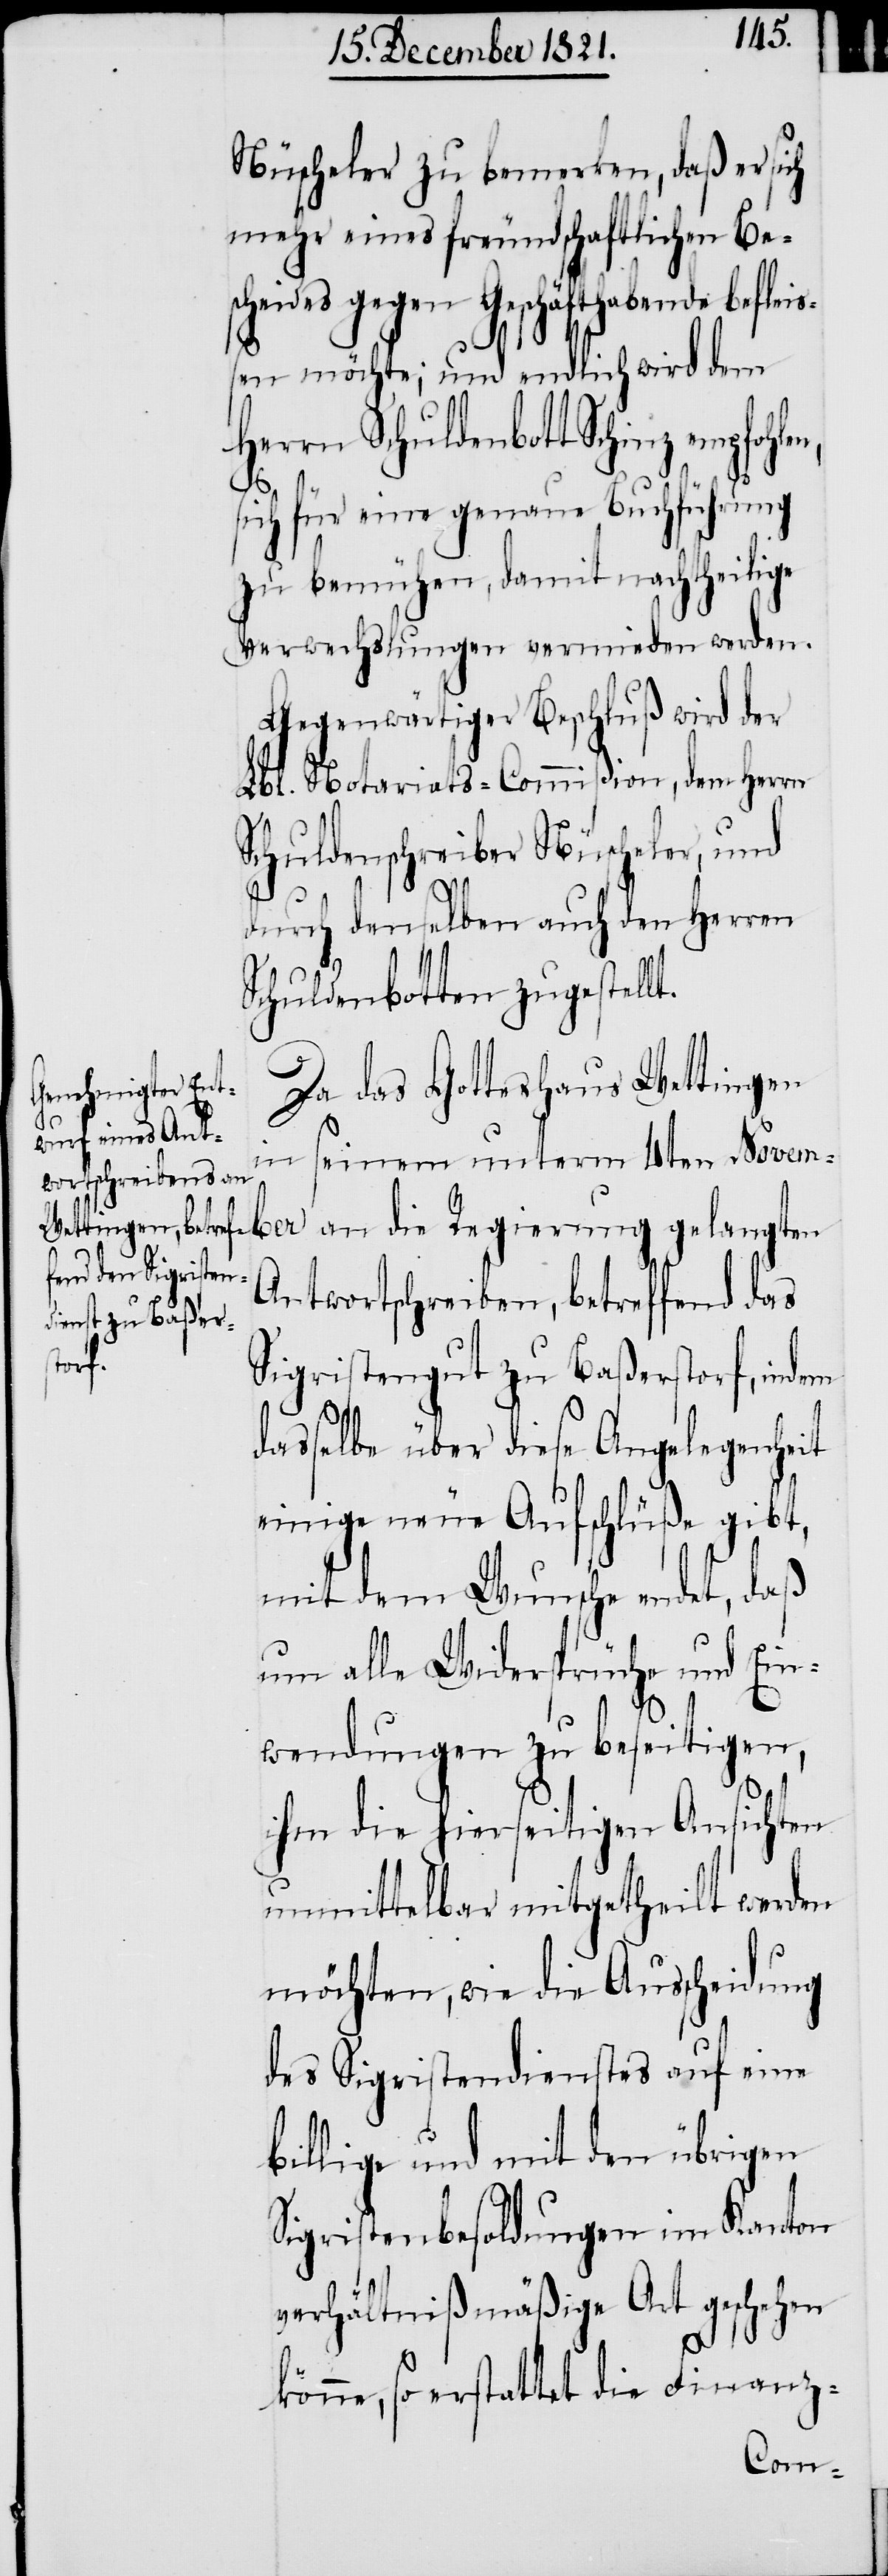
Nüscheler zu bemerken, daß er sich
mehr eines freundschaftlichen Be¬
ber an die Regierung gelangten
ißen möchte; und endlich wird dem
Herrn Schuldenbott Schinz empfohl¬
sich für eine genaue Buchführung
zu bemühen, damit nachtheilige
Verwechslungen vermieden werden.
Gegenwärtiger Beschluß wird der
Lbl. Notariats-Commißion, dem Herrn
Schuldenschreiber Nüscheler, und
en,
durch denselben auch den Herren
Schuldenbotten zugestellt.
Da das Gotteshaus Wettingen
in seinem unterm 4ten Novem¬
Antwortschreiben, betreffend das
Sigristengut zu Baßerstorf, indem
dasselbe über diese Angelegenheit
einige neue Aufschlüße gibt,
mit dem Wunsche endet, daß
um alle Widersprüche und Ein¬
wendungen zu beseitigen,
ihm die hierseitigen Ansichten
unmittelbar mitgetheilt werden
möchten, wie die Ausscheidung
des Sigristendienstes auf eine
billige und mit den übrigen
Sigristenbesoldungen im Kanton
verhältnißmäßige Art geschehen
könne, so erstattet die Finanz-